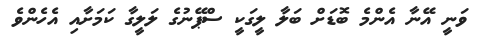
ވަނީ އޭނާ އެންމެ ބޮޑަށް ބަލާ ލީގަކީ ސްޕޭނުގެ ލަލީގާ ކަމަށާއި އެހެންވެ